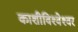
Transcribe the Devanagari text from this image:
काशीविश्‍वेश्‍वर